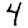
Digit: 4